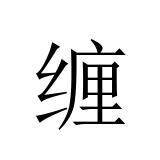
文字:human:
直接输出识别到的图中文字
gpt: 缠